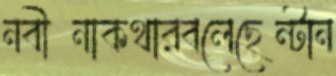
নবীনাকথারবলেছেন্টান